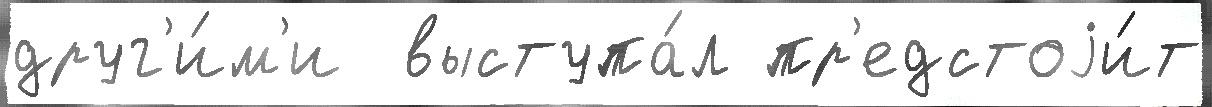
друг'и́м'и  выступа́л пр'едстоjи́т